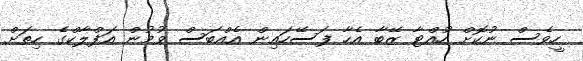
ހީވެސް ނުކޮށް ހުއްޓާ ޒޭބާ އެހާ ފަސޭހައިން އެއްބަސް ވުމުން އަފްލާކްގެ ހިތަށް